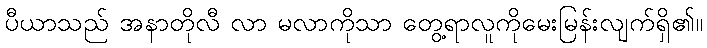
ပီယာသည် အနာတိုလီ လာ မလာကိုသာ တွေ့ရာလူကိုမေးမြန်းလျက်ရှိ၏။